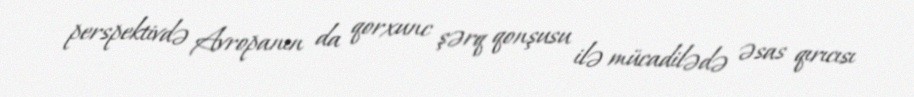
perspektivdə Avropanın da qorxunc şərq qonşusu ilə mücadilədə əsas qırıcısı